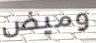
وميض